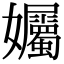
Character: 孎